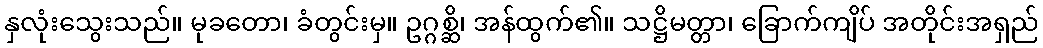
နှလုံးသွေးသည်။ မုခတော၊ ခံတွင်းမှ။ ဥဂ္ဂစ္ဆိ၊ အန်ထွက်၏။ သဋ္ဌိမတ္တာ၊ ခြောက်ကျိပ် အတိုင်းအရှည်